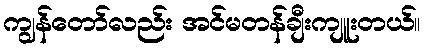
ကျွန်တော်လည်း အင်မတန်ချီးကျူးတယ်။